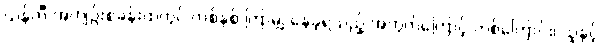
ယန်ကီ အကျဉ်းစခန်းထဲတွင် တစ်နှစ် ကြာမျှ နေခဲ့ရသည့် အတွက်ကြောင့် တစ်ကြောင်း၊ သူနှင့်